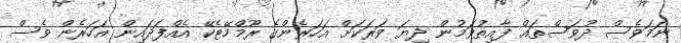
ނަމަވެސް ދުވަސްތައް ފާއިތުވަމުން ދިޔަ ވަރަކަށް އަހަރެންގެ ރޫމްމޭޓެކޭ އެއްފަދައިން އަހަރެން ވެސް